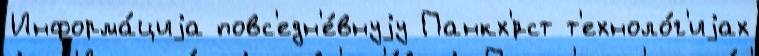
Информа́циjа повс'едн'е́внуjу Панкх'́рст т'ехноло́г'иjах